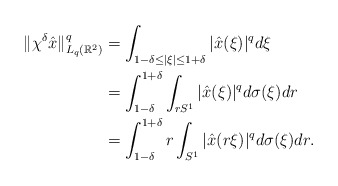
\begin{align*}\|\chi^\delta \hat{x}\|_{L_q(\mathbb{R}^2)}^q&=\int_{1-\delta\leq|\xi|\leq1+\delta}|\hat{x}(\xi)|^qd\xi \\ &=\int_{1-\delta}^{1+\delta}\int_{rS^1}|\hat{x}(\xi)|^qd\sigma(\xi)dr\\&=\int_{1-\delta}^{1+\delta}r\int_{S^1}|\hat{x}(r\xi)|^qd\sigma(\xi)dr.\end{align*}